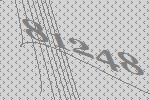
81248